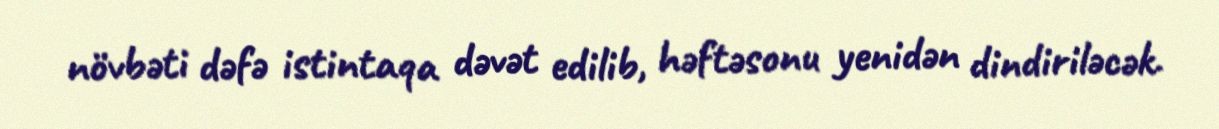
növbəti dəfə istintaqa dəvət edilib, həftəsonu yenidən dindiriləcək.